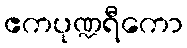
ဧကပုဏ္ဍရီကော